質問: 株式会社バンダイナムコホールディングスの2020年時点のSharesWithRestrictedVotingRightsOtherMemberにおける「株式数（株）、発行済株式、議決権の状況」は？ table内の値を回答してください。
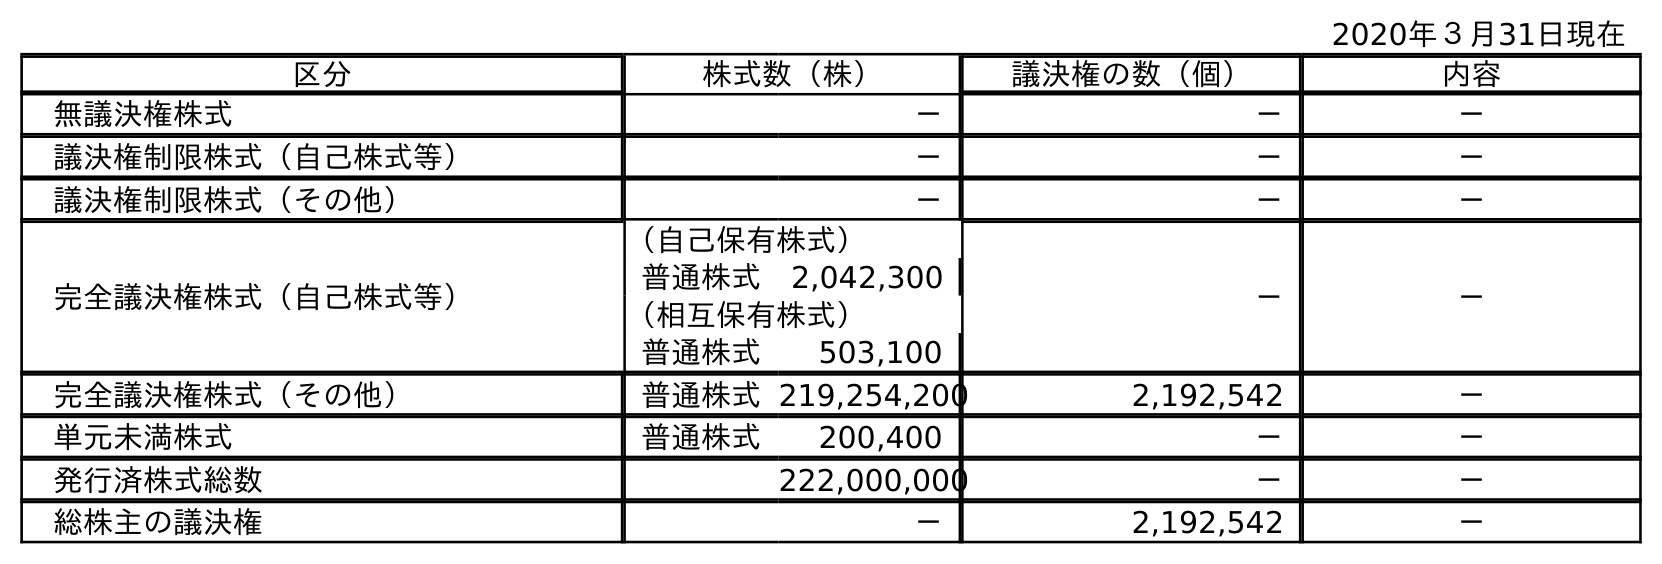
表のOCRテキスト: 2020年３月31日現在 区分 株式数（株） 議決権の数（個） 内容 無議決権株式 － － － 議決権制限株式（自己株式等） － － － 議決権制限株式（その他） － － － 完全議決権株式（自己株式等） （自己保有株式） － － 普通株式 2,042,300 （相互保有株式） 普通株式 503,100 完全議決権株式（その他） 普通株式219,254,200 2,192,542 － 単元未満株式 普通株式 200,400 － － 発行済株式総数 222,000,000 － － 総株主の議決権 － 2,192,542 －
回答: －